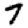
Digit: 7